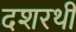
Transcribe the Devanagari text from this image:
दशरथी